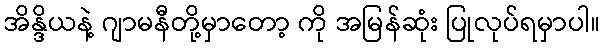
အိန္ဒိယနဲ့ ဂျာမနီတို့မှာတော့ ကို အမြန်ဆုံး ပြုလုပ်ရမှာပါ။